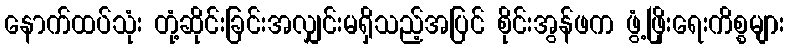
နောက်ထပ်သုံး တုံ့ဆိုင်းခြင်းအလျှင်းမရှိသည့်အပြင် စိုင်းအွန်ဖက ဖွံ့ဖြိုးရေးကိစ္စများ